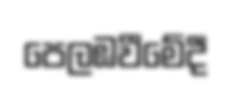
පෙලඹවීමේදී